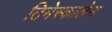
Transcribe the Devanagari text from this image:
तिमेस्कालेस